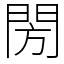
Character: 閍